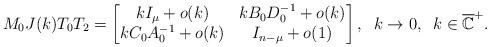
LaTeX: \begin{align*} M_0 J(k)T_0 T_2=\begin{bmatrix}kI_\mu+o(k) & kB_0D_0^{-1}+o(k) \\ kC_0A_0^{-1}+o(k) & I_{n-\mu}+o(1)\end{bmatrix},\;\; k\to0,\;\;k\in \overline{\mathbb{C}}^+.\end{align*}